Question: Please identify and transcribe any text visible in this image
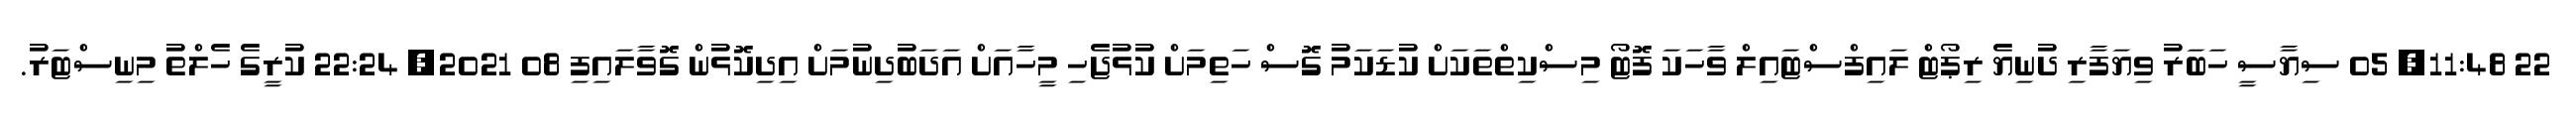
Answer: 22 11:48, 05 ސިޔާސީ ހަބަރު ވިޔަފާރި ދުނިޔެ ރިޕޯޓް ލައިފްސްޓައިލް ވާހަކަ ފޮޓޯ މިސްކިތްތަކަށް ކުޑަކަމު ގޮސް ހަތިމަށް ކުޅުޖެހި މީހާއަށް އަދަބުދިނުމަށް އިދިކޮޅުން ގޮވާލައިފި 08 2021, 22:24 ކުރީގެ ހެލްތު މިނިސްޓަރު.